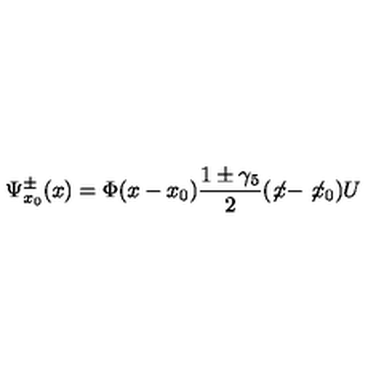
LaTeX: \Psi _ { x _ { 0 } } ^ { \pm } ( x ) = \Phi ( x - x _ { 0 } ) \frac { 1 \pm \gamma _ { 5 } } { 2 } ( \not \! x - \not \! x _ { 0 } ) U